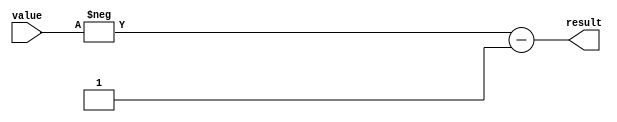
module notOp(value, result);

input [31:0] value;
output [31:0] result;

assign result = -value - 1;

endmodule